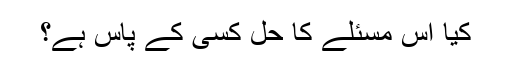
کیا اس مسئلے کا حل کسی کے پاس ہے؟